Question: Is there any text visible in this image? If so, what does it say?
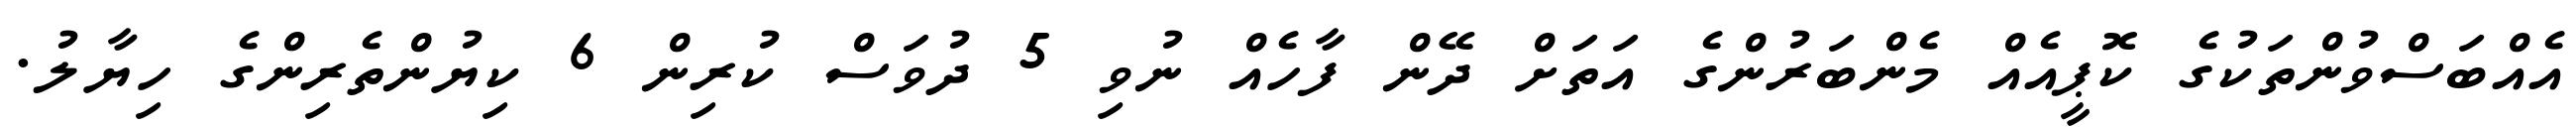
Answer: އެއްބަސްވުންތަކުގެ ކޮޕީއެއް މެންބަރުންގެ އަތަށް ދޭން ފާހެއް ނުވި 5 ދުވަސް ކުރިން 6 ކިޔުންތެރިންގެ ހިޔާލު.